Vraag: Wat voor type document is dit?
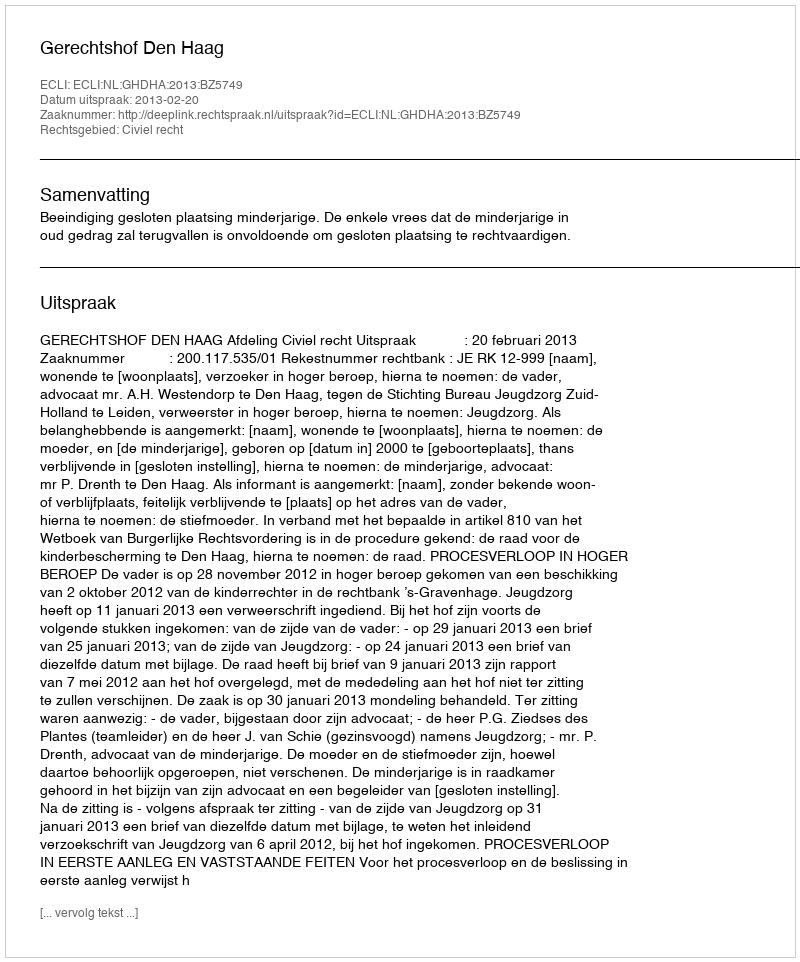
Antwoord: Uitspraak